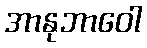
အာနုဘာဝေါ